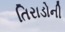
તિરાડોની